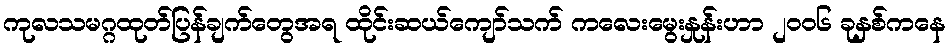
ကုလသမဂ္ဂထုတ်ပြန်ချက်တွေအရ ထိုင်းဆယ်ကျော်သက် ကလေးမွေးနှုန်းဟာ ၂၀၀၆ ခုနှစ်ကနေ